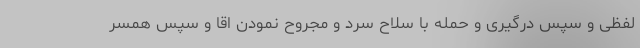
لفظی و سپس درگیری و حمله با سلاح سرد و مجروح نمودن اقا و سپس همسر